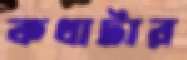
কথাটার